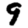
Digit: 9